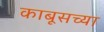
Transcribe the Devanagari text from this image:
काबूसच्या